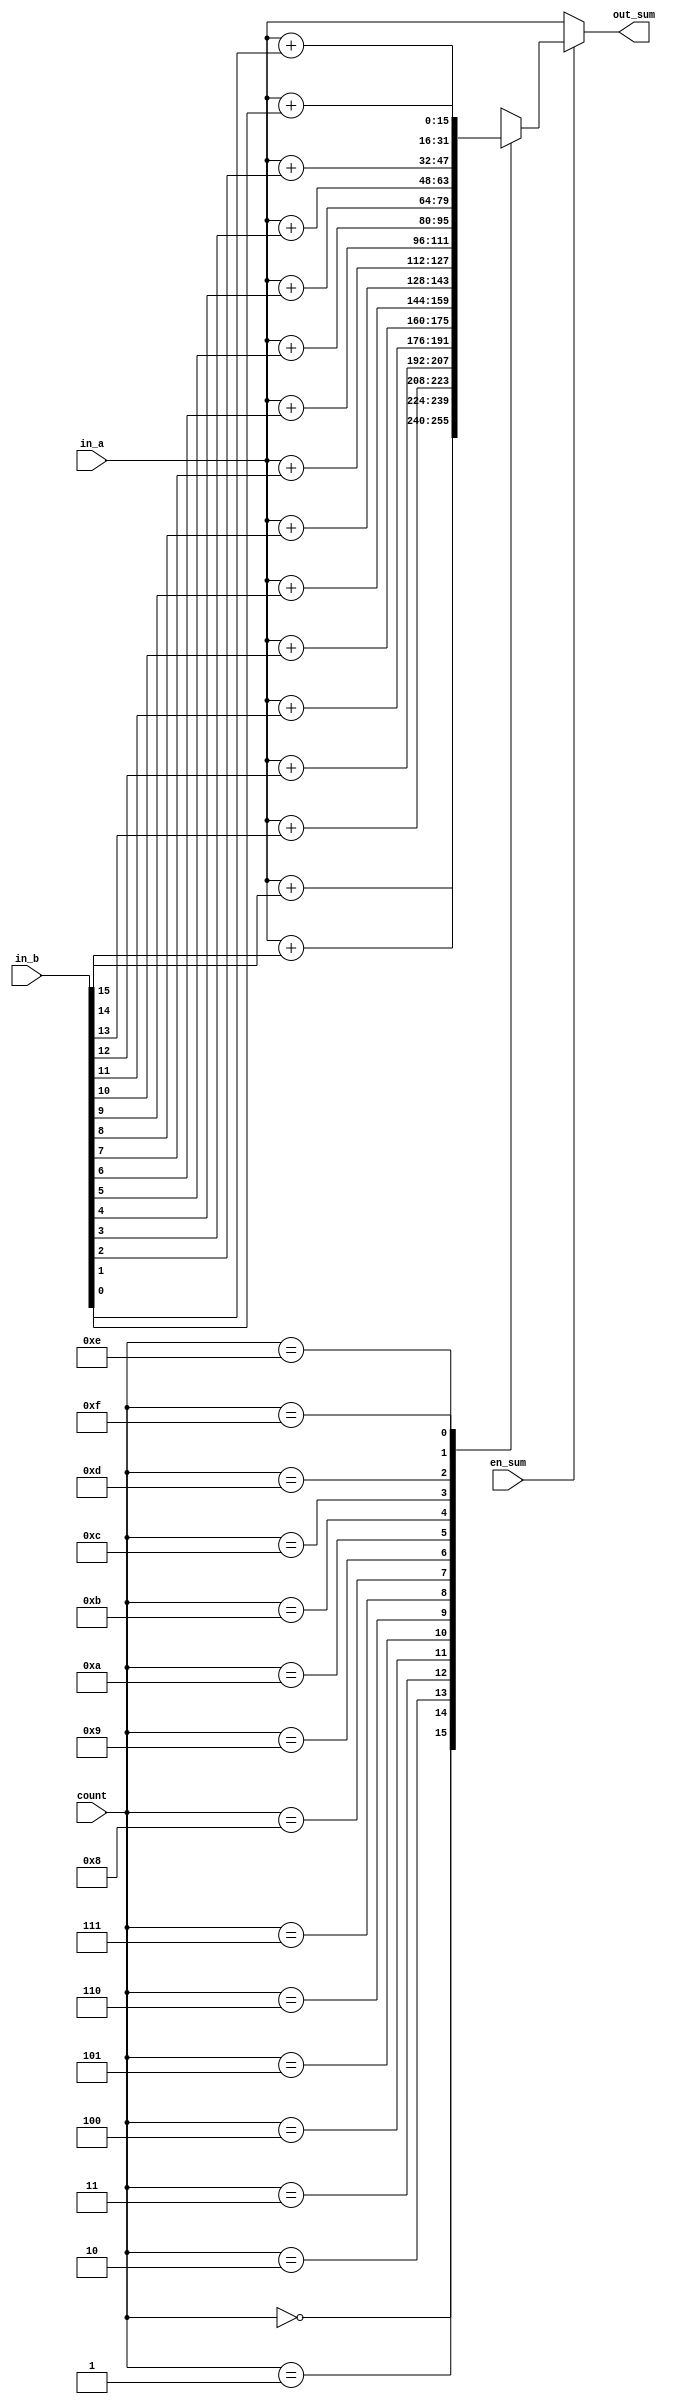
module sum(en_sum, in_a, in_b, count,out_sum );

input en_sum;
input [3:0]count;
input [15:0]in_a, in_b;

output reg [15:0] out_sum;

always @ (count, en_sum, in_a, in_b)
begin
	if(en_sum)
	begin
		case(count)
			4'b0000:  out_sum = in_a + in_b[15];
			4'b0001:  out_sum = in_a + in_b[14];
			4'b0010:  out_sum = in_a + in_b[13];
			4'b0011:  out_sum = in_a + in_b[12];
			4'b0100:  out_sum = in_a + in_b[11];
			4'b0101:  out_sum = in_a + in_b[10];
			4'b0110:  out_sum = in_a + in_b[9];
			4'b0111:  out_sum = in_a + in_b[8];
			4'b1000:  out_sum = in_a + in_b[7];
			4'b1001:  out_sum = in_a + in_b[6];
			4'b1010:  out_sum = in_a + in_b[5];
			4'b1011:  out_sum = in_a + in_b[4];
			4'b1100:  out_sum = in_a + in_b[3];
			4'b1101:  out_sum = in_a + in_b[2];
			4'b1110:  out_sum = in_a + in_b[1];
			4'b1111:  out_sum = in_a + in_b[0];
			default:  out_sum = 16'h0000;
			
		endcase
	end
	else
		out_sum = in_a;


end



endmodule